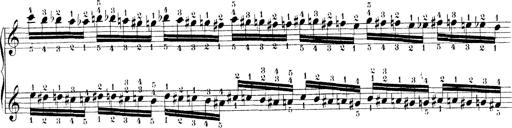
Title: Technische Studien
Composer: Franz Liszt